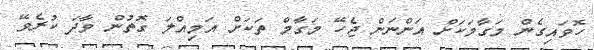
ހޮވައިގެން މަގާމަކަށް އަންނަން ޖެހޭ މަގާމް ތަކަށް އަމިއްލަ ގޮތުން ވާދަ ކުރެވޭ